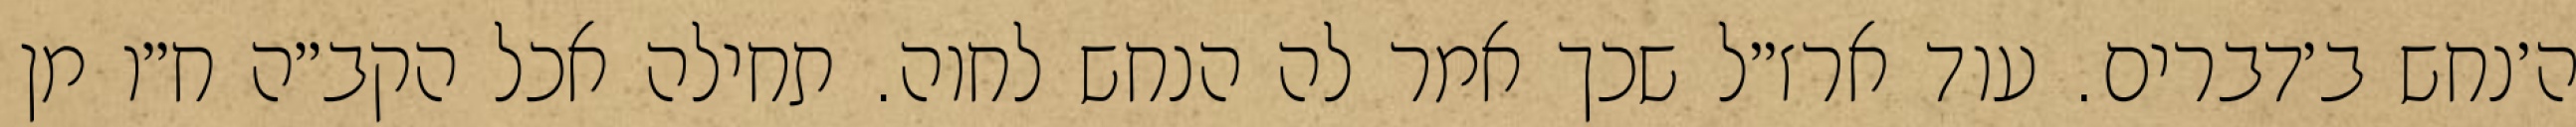
ה׳נחש ב׳דברים. עוד ארז״ל שכך אמר לה הנחש לחוה. תחילה אכל הקב״ה ח״ו מן